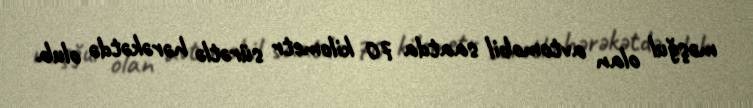
məşğul olan avtomobil saatda 70 kilometr sürətlə hərəkətdə olub.